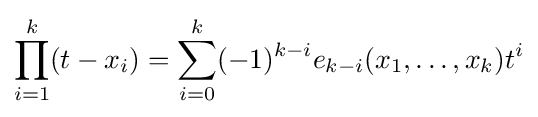
\prod _{i=1}^{k}(t-x_{i})=\sum _{i=0}^{k}(-1)^{k-i}e_{k-i}(x_{1},\ldots ,x_{k})t^{i}